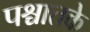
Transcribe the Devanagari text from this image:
पश्चातके